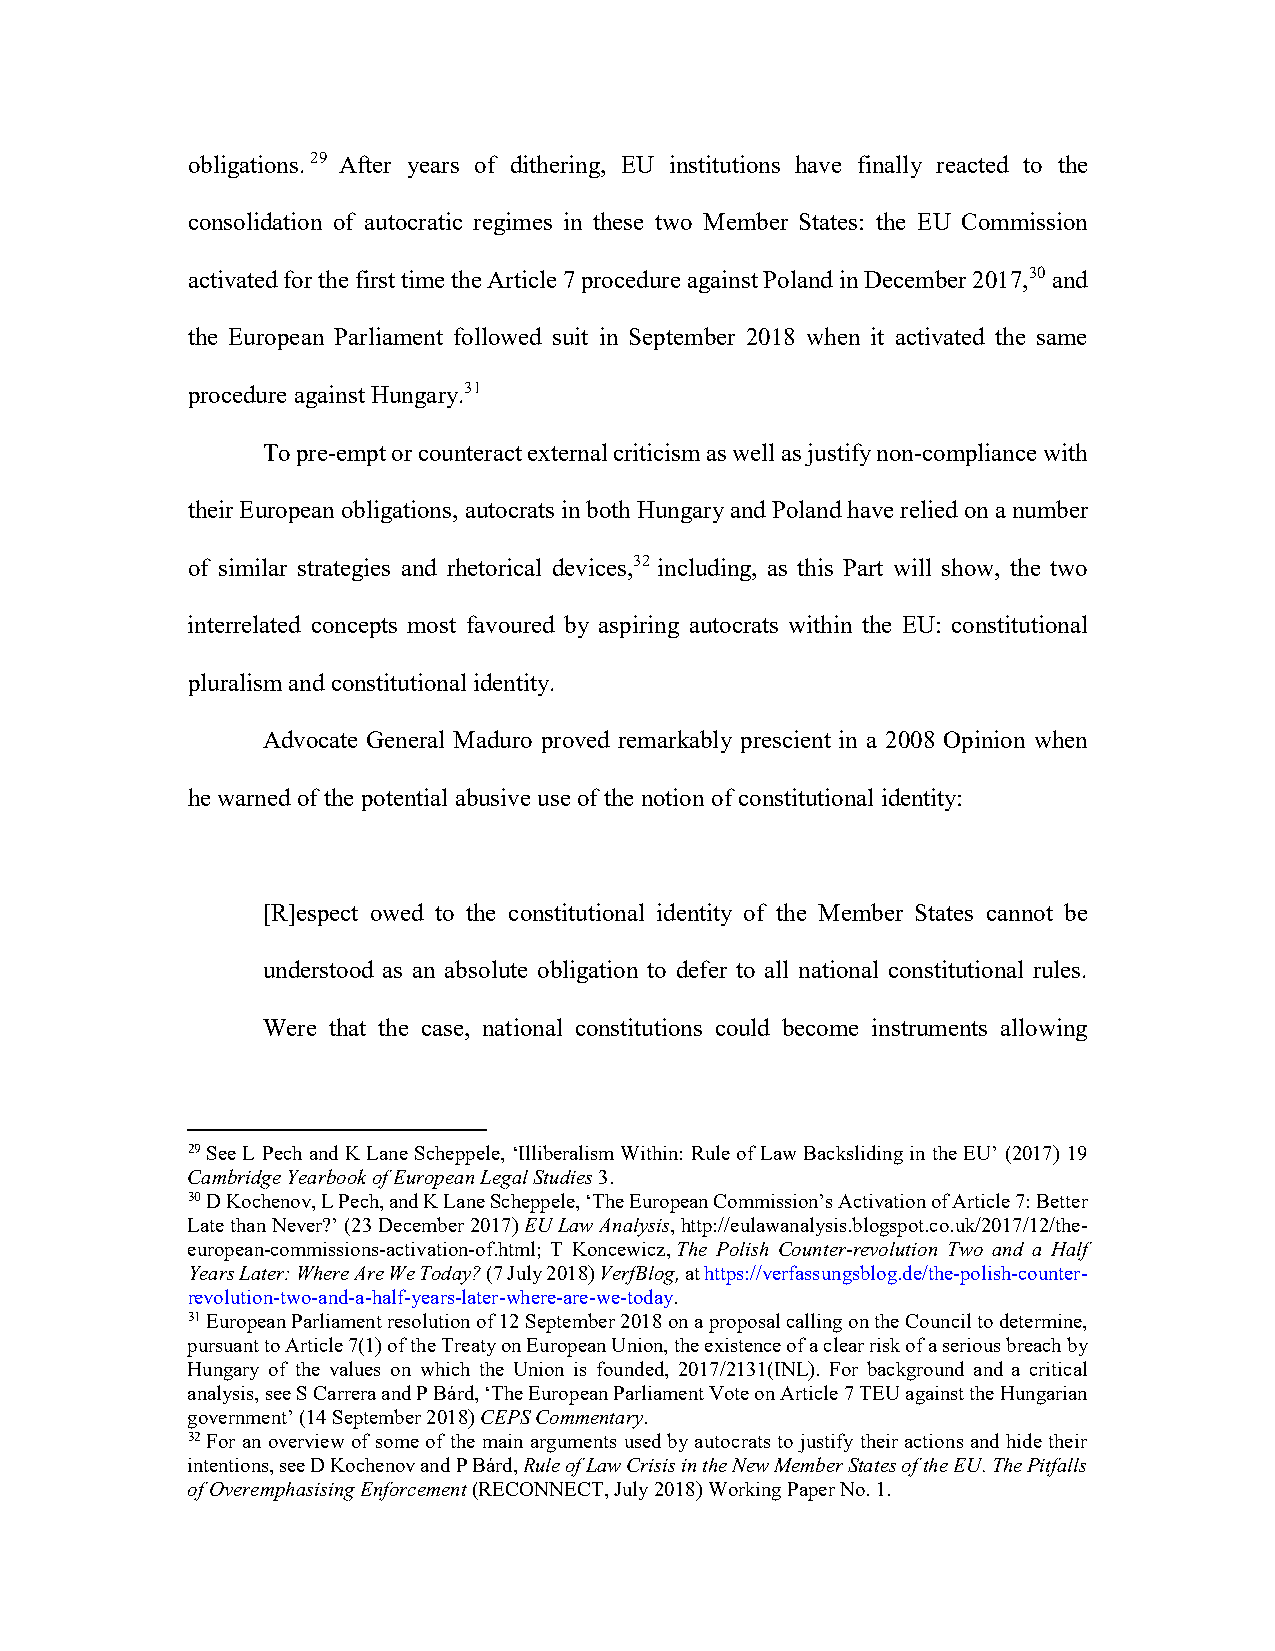
obligations.29 After years of dithering, EU institutions have finally reacted to the
 consolidation of autocratic regimes in these two Member States: the EU Commission
 activated for the first time the Article 7 procedure against Poland in December 2017,30 and
 the European Parliament followed suit in September 2018 when it activated the same
 procedure against Hungary.31
 To pre-empt or counteract external criticism as well as justify non-compliance with
 their European obligations, autocrats in both Hungary and Poland have relied on a number
 of similar strategies and rhetorical devices,32 including, as this Part will show, the two
 interrelated concepts most favoured by aspiring autocrats within the EU: constitutional
 pluralism and constitutional identity.
 Advocate General Maduro proved remarkably prescient in a 2008 Opinion when
 he warned of the potential abusive use of the notion of constitutional identity:
 [R]espect owed to the constitutional identity of the Member States cannot be
 understood as an absolute obligation to defer to all national constitutional rules.
 Were that the case, national constitutions could become instruments allowing
 29 See L Pech and K Lane Scheppele, ‘Illiberalism Within: Rule of Law Backsliding in the EU’ (2017) 19
 Cambridge Yearbook of European Legal Studies 3.
 30 D Kochenov, L Pech, and K Lane Scheppele, ‘The European Commission’s Activation of Article 7: Better
 Late than Never?’ (23 December 2017) EU Law Analysis, http://eulawanalysis.blogspot.co.uk/2017/12/the-
 european-commissions-activation-of.html; T Koncewicz, The Polish Counter-revolution Two and a Half
 Years Later: Where Are We Today? (7 July 2018) VerfBlog, at https://verfassungsblog.de/the-polish-counter-
 revolution-two-and-a-half-years-later-where-are-we-today.
 31 European Parliament resolution of 12 September 2018 on a proposal calling on the Council to determine,
 pursuant to Article 7(1) of the Treaty on European Union, the existence of a clear risk of a serious breach by
 Hungary of the values on which the Union is founded, 2017/2131(INL). For background and a critical
 analysis, see S Carrera and P Bárd, ‘The European Parliament Vote on Article 7 TEU against the Hungarian
 government’ (14 September 2018) CEPS Commentary.
 32 For an overview of some of the main arguments used by autocrats to justify their actions and hide their
 intentions, see D Kochenov and P Bárd, Rule of Law Crisis in the New Member States of the EU. The Pitfalls
 of Overemphasising Enforcement (RECONNECT, July 2018) Working Paper No. 1.